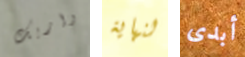
واريك لنهاية أبدى